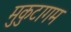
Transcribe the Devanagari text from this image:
मुकुटागम